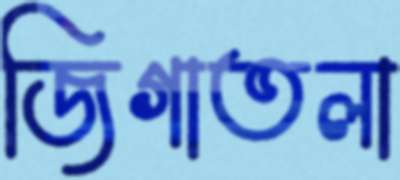
জিগাতলা